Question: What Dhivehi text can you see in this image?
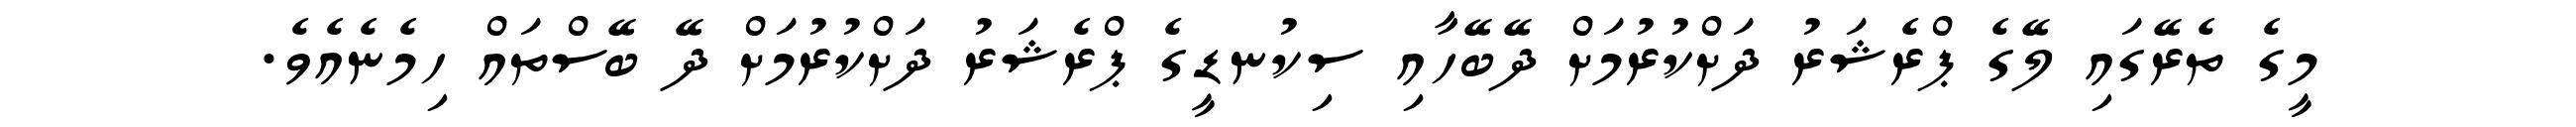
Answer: މީގެ ތެރޭގައި ލޭގެ ޕްރެޝަރު ދަށްކުރުމަށް ދޭބޭހާއި ސިކުނޑީގެ ޕްރެޝަރު ދަށްކުރުމަށް ދޭ ބޭސްތައް ހިމެނެއެވެ.